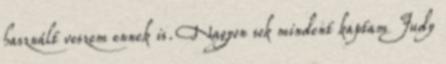
használt veszem ennek is. Nagyon sok mindent kaptam Judy